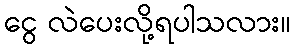
ငွေ လဲပေးလို့ရပါသလား။